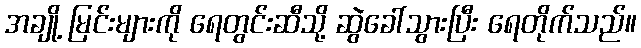
အချို့ မြင်းများကို ရေတွင်းဆီသို့ ဆွဲခေါ်သွားပြီး ရေတိုက်သည်။